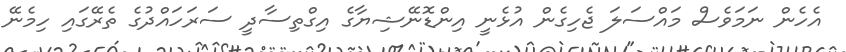
އެހެން ނަމަވެސް މައްސަލަ ޖެހިގެން އުޅެނީ އިންޑޮނޭޝިޔާގެ އިގްތިސާދީ ސަރަހައްދުގެ ތެރޭގައި ހިމެނޭ